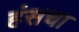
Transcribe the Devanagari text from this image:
हंसचा